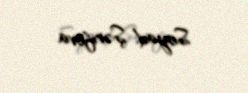
Soyad: Şərifova